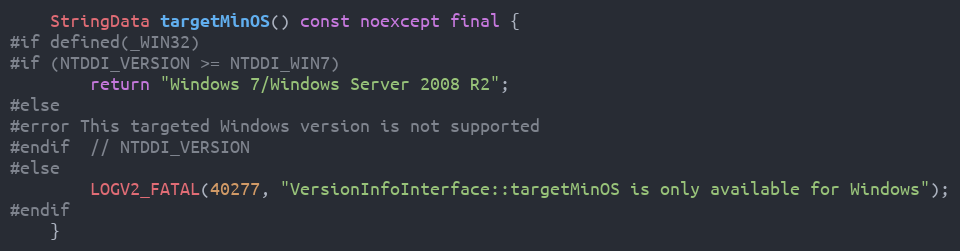
Language: C++
    StringData targetMinOS() const noexcept final {
#if defined(_WIN32)
#if (NTDDI_VERSION >= NTDDI_WIN7)
        return "Windows 7/Windows Server 2008 R2";
#else
#error This targeted Windows version is not supported
#endif  // NTDDI_VERSION
#else
        LOGV2_FATAL(40277, "VersionInfoInterface::targetMinOS is only available for Windows");
#endif
    }